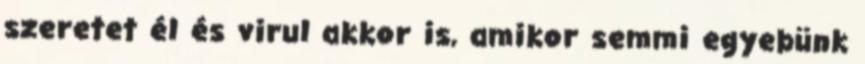
szeretet él és virul akkor is, amikor semmi egyebünk